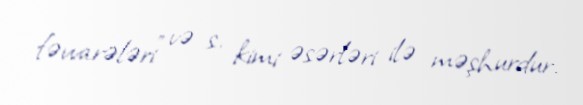
fəvvarələri" və s. kimi əsərləri ilə məşhurdur.